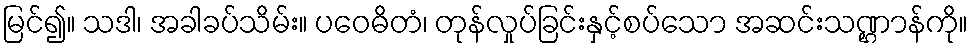
မြင်၍။ သဒါ၊ အခါခပ်သိမ်း။ ပဝေဓိတံ၊ တုန်လှုပ်ခြင်းနှင့်စပ်သော အဆင်းသဏ္ဌာန်ကို။